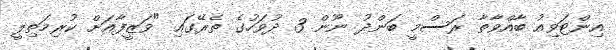
އިންޓަވިއު ބާއްވާތާ ރަސްމީ ބަންދު ނޫން 3 ދުވަހުގެ ތެރޭގައި "ވަޒީފާއަށް ކުރިމަތިލީ